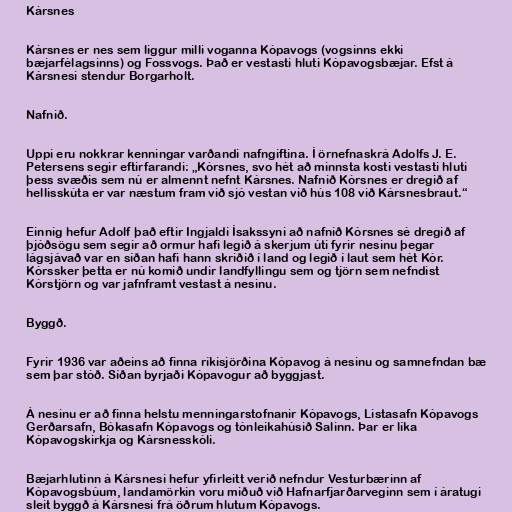
Kársnes

Kársnes er nes sem liggur milli voganna Kópavogs (vogsinns ekki
bæjarfélagsinns) og Fossvogs. Það er vestasti hluti Kópavogsbæjar. Efst á
Kársnesi stendur Borgarholt.

Nafnið.

Uppi eru nokkrar kenningar varðandi nafngiftina. Í örnefnaskrá Adolfs J. E.
Petersens segir eftirfarandi: „Kórsnes, svo hét að minnsta kosti vestasti hluti
þess svæðis sem nú er almennt nefnt Kársnes. Nafnið Kórsnes er dregið af
hellisskúta er var næstum fram við sjó vestan við hús 108 við Kársnesbraut.“

Einnig hefur Adolf það eftir Ingjaldi Ísakssyni að nafnið Kórsnes sé dregið af
þjóðsögu sem segir að ormur hafi legið á skerjum úti fyrir nesinu þegar
lágsjávað var en síðan hafi hann skriðið í land og legið í laut sem hét Kór.
Kórssker þetta er nú komið undir landfyllingu sem og tjörn sem nefndist
Kórstjörn og var jafnframt vestast á nesinu.

Byggð.

Fyrir 1936 var aðeins að finna ríkisjörðina Kópavog á nesinu og samnefndan bæ
sem þar stóð. Síðan byrjaði Kópavogur að byggjast.

Á nesinu er að finna helstu menningarstofnanir Kópavogs, Listasafn Kópavogs
Gerðarsafn, Bókasafn Kópavogs og tónleikahúsið Salinn. Þar er líka
Kópavogskirkja og Kársnesskóli.

Bæjarhlutinn á Kársnesi hefur yfirleitt verið nefndur Vesturbærinn af
Kópavogsbúum, landamörkin voru miðuð við Hafnarfjarðarveginn sem í áratugi
sleit byggð á Kársnesi frá öðrum hlutum Kópavogs.